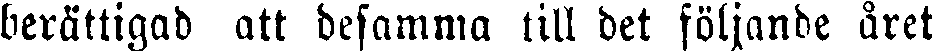
berättigad att desamma till det följande året